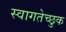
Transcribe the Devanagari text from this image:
स्वागतेच्छुक